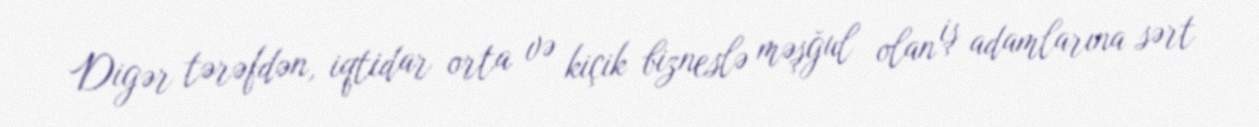
Digər tərəfdən, iqtidar orta və kiçik bizneslə məşğul olan iş adamlarına sərt